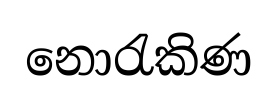
නොරැකිණ